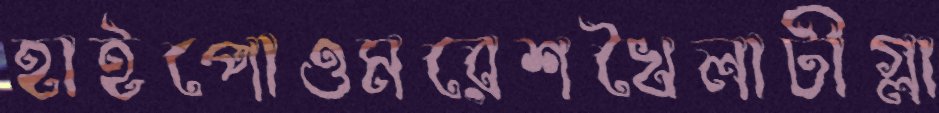
হাইপোওমরেশখৈলাটীগ্লা